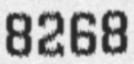
8268